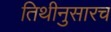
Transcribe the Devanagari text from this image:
तिथीनुसारच